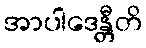
အာပါဒေန္တီတိ